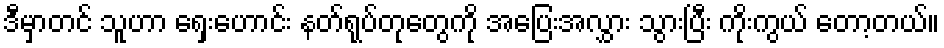
ဒီမှာတင် သူဟာ ရှေးဟောင်း နတ်ရုပ်တုတွေကို အပြေးအလွှား သွားပြီး ကိုးကွယ် တော့တယ်။